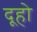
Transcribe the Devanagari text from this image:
दूहो